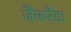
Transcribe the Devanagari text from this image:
जैंकरैंडा